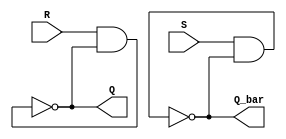
module sr_latch (
    input S,
    input R,
    output Q,
    output Q_bar
);

wire nand_out_1;
wire nand_out_2;

assign nand_out_1 = ~(R & Q);
assign nand_out_2 = ~(S & Q_bar);

assign Q = nand_out_1;
assign Q_bar = nand_out_2;

endmodule